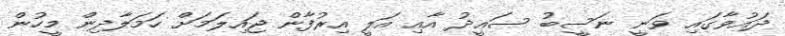
ދައުވާގައި ވަނީ ނަސީބު ސައީދު އާއި އަލީ އިރުފާން ޖައިލަމަށް ހަމަލާދިން މީހުން